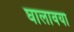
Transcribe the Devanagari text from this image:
घालावया